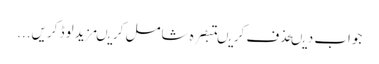
جواب دیںحذف کریںتبصرہ شامل کریںمزید لوڈ کریں...